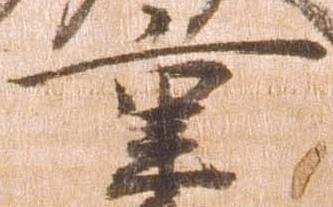
重